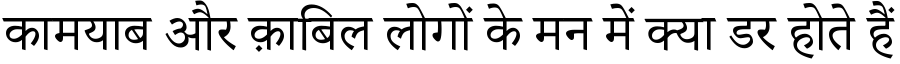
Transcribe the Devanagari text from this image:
कामयाब और क़ाबिल लोगों के मन में क्या डर होते हैं